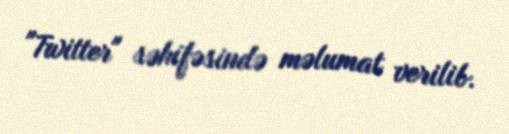
"Twitter" səhifəsində məlumat verilib.